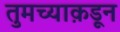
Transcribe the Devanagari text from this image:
तुमच्याक़डून